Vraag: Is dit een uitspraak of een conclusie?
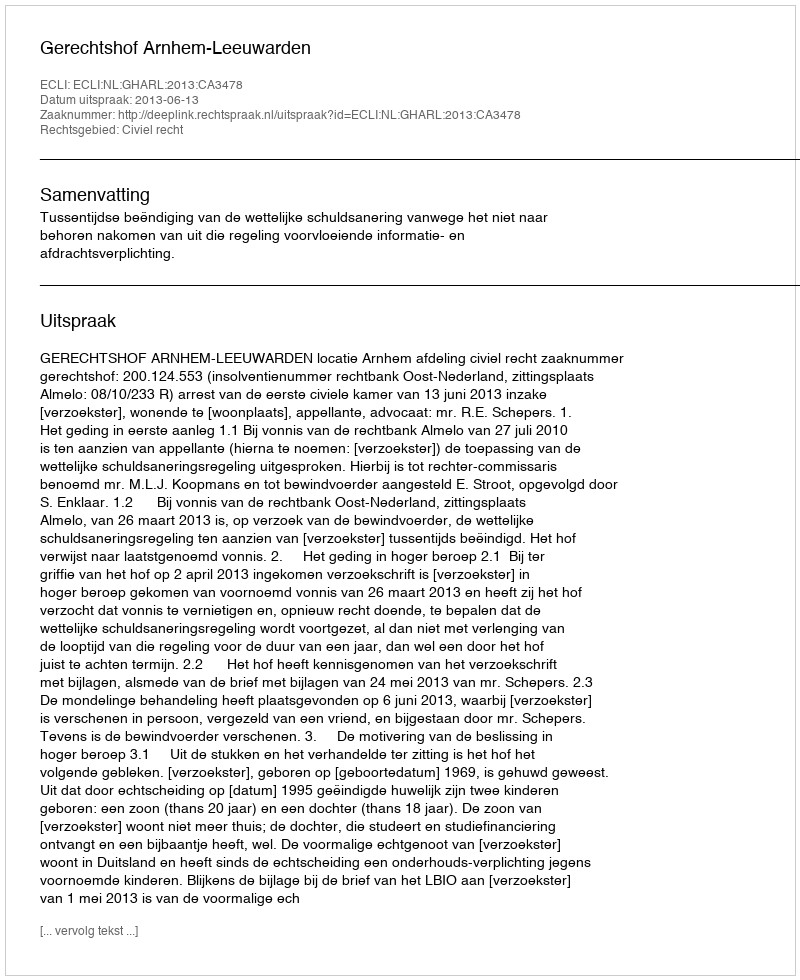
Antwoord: Uitspraak